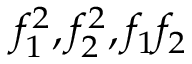
f _ { 1 } ^ { 2 } , f _ { 2 } ^ { 2 } , f _ { 1 } f _ { 2 }